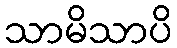
သာမိသာပိ